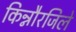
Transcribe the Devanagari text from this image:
किन्नौरजिले